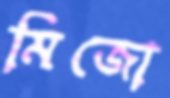
মিজো